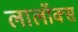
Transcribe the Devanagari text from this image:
लालॉक्स